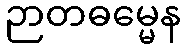
ဉာတဓမ္မေန